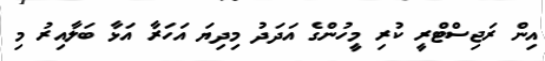
އިން ރަޖިސްޓްރީ ކުރި މީހުންގެ އަދަދު މިދިޔަ އަހަރާ އަޅާ ބަލާއިރު މި